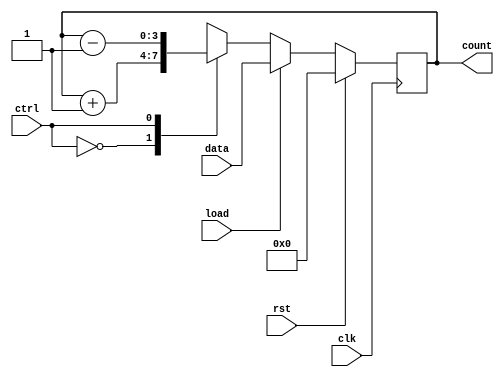
module up_down_counter(clk,rst,ctrl,load,data,count);
input clk,rst,load,ctrl;
input [3:0] data;
output reg [3:0] count;

always@(posedge clk)
begin
if(rst)
count<=4'd0;
else if (load)
count<=data;
else
case(ctrl)
1'b0: count<=count+1;
1'b1: count<=count-1;
endcase

end


endmodule